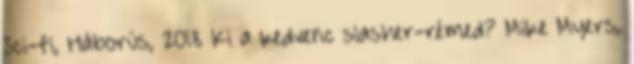
Sci-fi, Háborús, 2018 Ki a kedvenc slasher-rémed? Mike Myers,